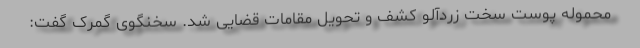
محموله پوست سخت زردآلو کشف و تحویل مقامات قضایی شد. سخنگوی گمرک گفت: